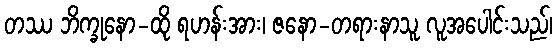
တဿ ဘိက္ခုနော-ထို ရဟန်းအား၊ ဇနော-တရားနာသူ လူအပေါင်းသည်၊